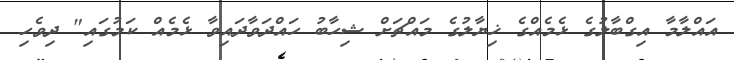
އައްލާމާ އިގްބާލުގެ ޅެމެއްގެ ޚިޔާލުގެ މައްޗަށް ޝިހާބު ހައްދަވާދައިވާ ޅެމެއް ކަމުގައި" ދިވެހި